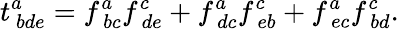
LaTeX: t_{\ bde}^{a}=f_{\ bc}^{a}f_{\ de}^{c}+f_{\ dc}^{a}f_{\ eb}^{c}+f_{\ ec}^{a}f_{\ bd}^{c}.